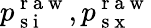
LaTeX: p_{\mathrm{~s~i~}}^{\mathrm{~r~a~w~}},p_{\mathrm{~s~x~}}^{\mathrm{~r~a~w~}}